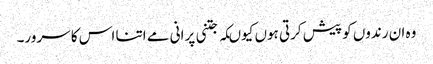
وہ ان رندوں کو پیش کرتی ہوں کیوںکہ جتنی پرانی مے اتنا اس کا سرور۔